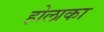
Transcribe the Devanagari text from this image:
होलाका